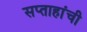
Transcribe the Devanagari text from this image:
सप्ताहांची